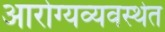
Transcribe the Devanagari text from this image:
आरोग्यव्यवस्थेत